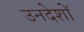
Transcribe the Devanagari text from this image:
उनदेशों